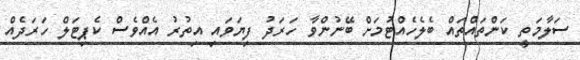
ސަލާމަތީ ކަންތައްތައް ބެލެހެއްޓުމަށް ބޭނުންވާ ހަރަދު ފިޔަވައި އިތުރު އެއްވެސް ކެޕިޓަލް ހަރަދެއް